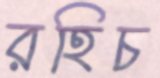
রহিচ